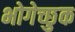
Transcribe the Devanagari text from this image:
भोगेच्छुक